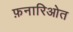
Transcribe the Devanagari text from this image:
फ़नारिओत